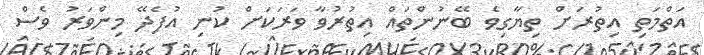
އަތްމަތި އިތުރަށް ތިޔާގިވެ ބޭނުންތައް އިތުރުވާ ވަރަކަށް ކުނި އުފެދޭ މިންވަރު ވެސް